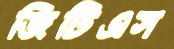
জিটিএস